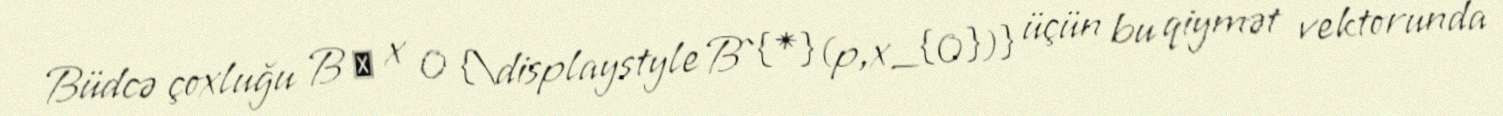
Büdcə çoxluğu B ∗ x 0 {\displaystyle B^{*}(p,x_{0})} üçün bu qiymət vektorunda